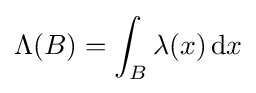
\Lambda (B)=\int _{B}\lambda (x)\,\mathrm {d} x